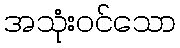
အသုံးဝင်သော